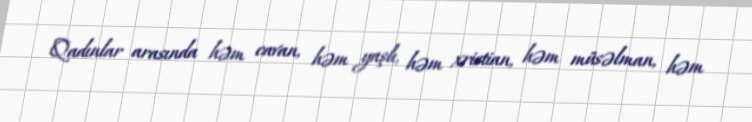
Qadınlar arasında həm cavan, həm yaşlı, həm xristian, həm müsəlman, həm